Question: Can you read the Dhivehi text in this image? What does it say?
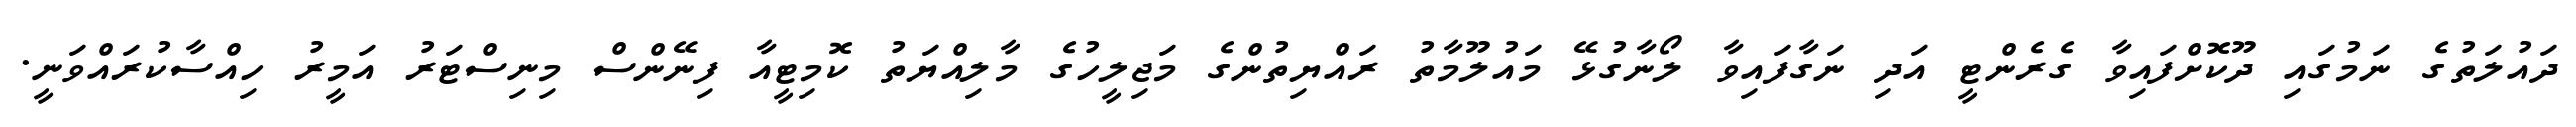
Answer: ދައުލަތުގެ ނަމުގައި ދޫކޮށްފައިވާ ގެރެންޓީ އަދި ނަގާފައިވާ ލޯނާގުޅޭ މައުލޫމާތު ރައްޔިތުންގެ މަޖިލީހުގެ މާލިއްޔަތު ކޮމިޓީއާ ފިނޭންސް މިނިސްޓަރު އަމީރު ހިއްސާކުރައްވަނީ.